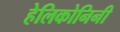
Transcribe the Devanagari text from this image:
हेलिकोनिनी